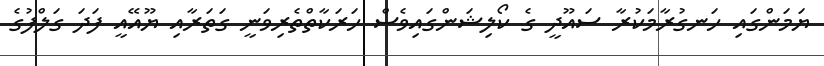
ޔަމަންގައި ހަނގުރާމަކުރާ ސައޫދީ ގެ ކޯލިޝަންގައިވެސް ހަރަކާތްތެރިވަނީ ގަތަރާއި ޔޫއޭއީ ފަދަ ގަލްފުގެ